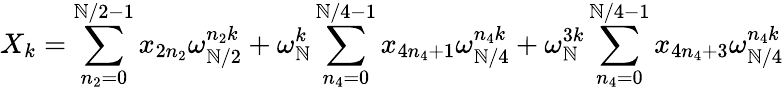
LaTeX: X_{k}=\sum_{n_{2}=0}^{\mathbb{N}/2-1}x_{2n_{2}}\omega_{\mathbb{N}/2}^{n_{2}k}+\omega_{\mathbb{N}}^{k}\sum_{n_{4}=0}^{\mathbb{N}/4-1}x_{4n_{4}+1}\omega_{\mathbb{N}/4}^{n_{4}k}+\omega_{\mathbb{N}}^{3k}\sum_{n_{4}=0}^{\mathbb{N}/4-1}x_{4n_{4}+3}\omega_{\mathbb{N}/4}^{n_{4}k}